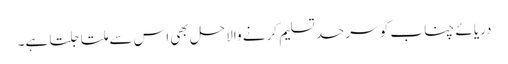
دریائے چناب کو سرحد تسلیم کرنے والاحل بھی اس سے ملتا جلتا ہے۔